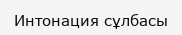
Интонация сұлбасы